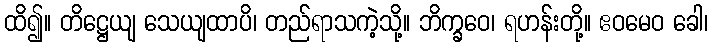
ထိ၍။ တိဋ္ဌေယျ သေယျထာပိ၊ တည်ရာသကဲ့သို့။ ဘိက္ခဝေ၊ ရဟန်းတို့။ ဧဝမေဝ ခေါ၊